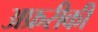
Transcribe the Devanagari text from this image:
अफ्ररीकी